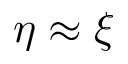
\eta \approx \xi